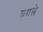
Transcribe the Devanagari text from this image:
बगले